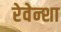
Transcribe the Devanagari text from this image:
रेवेन्शा